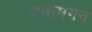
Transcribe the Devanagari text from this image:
मनामगन